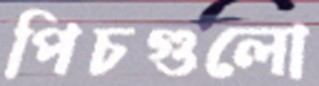
পিচগুলো